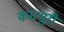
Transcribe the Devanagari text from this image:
कात्‍युरी